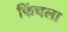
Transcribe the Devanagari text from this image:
फिंचला